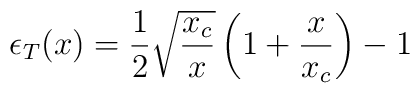
\epsilon_T (x) = \frac{1}{2} \sqrt{ \frac{x_c}{x} } \left(1+\frac{x}{x_c} \right) -1